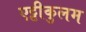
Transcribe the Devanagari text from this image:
एट्टीकुलम